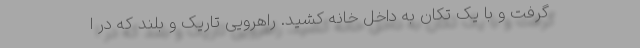
گرفت و با یک تکان به داخل خانه کشید. راهرویی تاریک و بلند که در ا